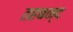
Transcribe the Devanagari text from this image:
तहबन्द